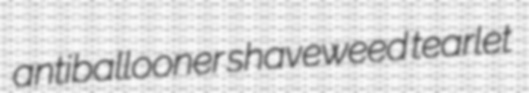
antiballooner shaveweed tearlet